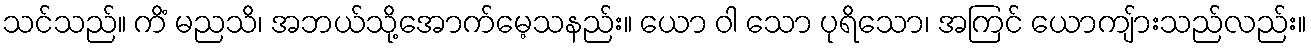
သင်သည်။ ကိံ မညသိ၊ အဘယ်သို့အောက်မေ့သနည်း။ ယော ဝါ သော ပုရိသော၊ အကြင် ယောကျ်ားသည်လည်း။